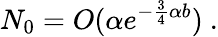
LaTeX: N_{0}=O(\alpha e^{-\frac{3}{4}\alpha b})\ .